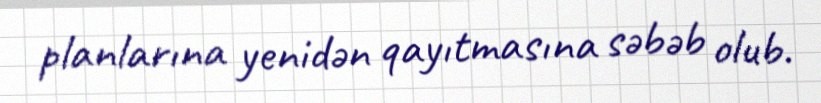
planlarına yenidən qayıtmasına səbəb olub.